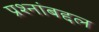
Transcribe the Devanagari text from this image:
प्रश्नांबद्दल